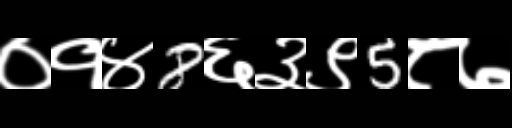
Text: ०१४8६३९5८७